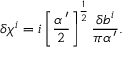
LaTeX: \delta \chi ^ { i } = i \left[ \frac { \alpha ^ { \, \prime } } { 2 } \right] ^ { \frac 1 2 } \frac { \delta b ^ { i } } { \pi \alpha ^ { \, \prime } } .